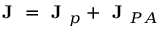
\textbf { J } = \textbf { J } _ { p } + \textbf { J } _ { P A }